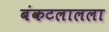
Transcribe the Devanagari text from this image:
बंकटलालला